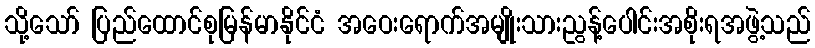
သို့သော် ပြည်ထောင်စုမြန်မာနိုင်ငံ အဝေးရောက်အမျိုးသားညွန့်ပေါင်းအစိုးရအဖွဲ့သည်